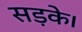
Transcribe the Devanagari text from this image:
सड़के।